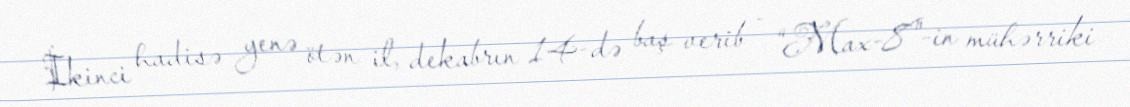
İkinci hadisə yenə ötən il, dekabrın 14-də baş verib - “Max-8"-in mühərriki